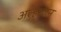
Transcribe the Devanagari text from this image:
अल्हाजन